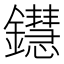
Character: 𨯚